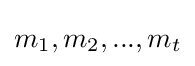
m_{1},m_{2},...,m_{t}